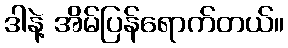
ဒါနဲ့ အိမ်ပြန်ရောက်တယ်။